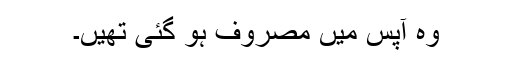
وہ آپس میں مصروف ہو گئی تھیں۔